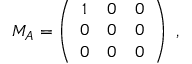
M _ { A } = \left( \begin{array} { c c c } { { 1 } } & { { 0 } } & { { 0 } } \\ { { 0 } } & { { 0 } } & { { 0 } } \\ { { 0 } } & { { 0 } } & { { 0 } } \end{array} \right) ~ ,